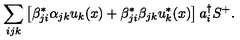
\sum _ { i j k } \left[ \beta _ { j i } ^ { * } \alpha _ { j k } u _ { k } ( x ) + \beta _ { j i } ^ { * } \beta _ { j k } u _ { k } ^ { * } ( x ) \right] a _ { i } ^ { \dag } S ^ { + } .